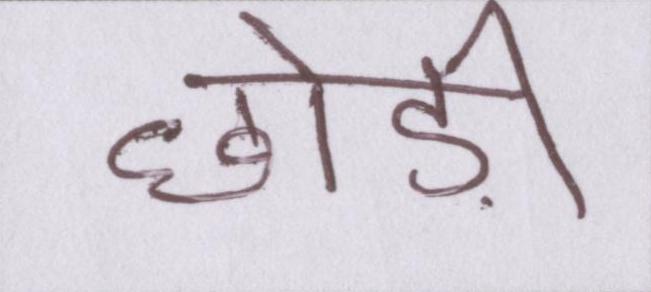
छोड़ी